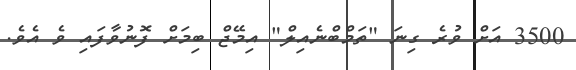
3500 އަށް ވުރެ ގިނަ "ތަމްބްނެއިލް" އިމޭޖް ބިމަށް ފޮނުވާފައި ވެ އެވެ.